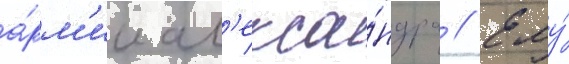
а́рм'ии ал'екса́ндра // Ему́